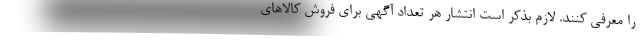
را معرفی کنند. لازم بذکر است انتشار هر تعداد آگهی برای فروش کالاهای